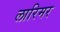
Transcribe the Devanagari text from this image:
लारिमर